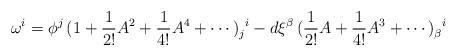
LaTeX: \begin{align*}\omega^i = \phi^j \, ( {\rm 1} + \frac{1}{2!} A^2 + \frac{1}{4!} A^4 +\cdots )_j^{\,\,\, i} - d\xi^{\beta} \, (\frac{1}{2!} A + \frac{1}{4!} A^3 +\cdots)_{\beta}^{\,\,\,\,i}\end{align*}